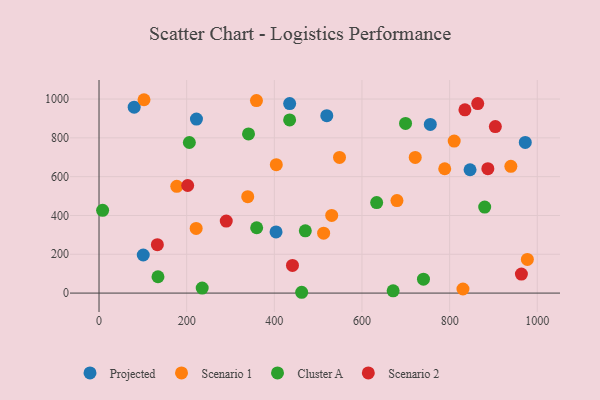
{"axis": {"x": "Engine Size", "y": "Sales"}, "legend": ["Cluster A", "Projected", "Scenario 1", "Scenario 2"], "data": [{"x": "80.2", "y": 958.3, "type": "Projected"}, {"x": "519.7", "y": 914.5, "type": "Projected"}, {"x": "435.0", "y": 976.9, "type": "Projected"}, {"x": "100.9", "y": 196.3, "type": "Projected"}, {"x": "846.6", "y": 635.5, "type": "Projected"}, {"x": "972.6", "y": 776.6, "type": "Projected"}, {"x": "403.9", "y": 315.0, "type": "Projected"}, {"x": "755.9", "y": 869.4, "type": "Projected"}, {"x": "222.3", "y": 896.8, "type": "Projected"}, {"x": "830.4", "y": 21.0, "type": "Scenario 1"}, {"x": "721.5", "y": 699.1, "type": "Scenario 1"}, {"x": "939.7", "y": 653.1, "type": "Scenario 1"}, {"x": "788.8", "y": 640.9, "type": "Scenario 1"}, {"x": "810.4", "y": 783.2, "type": "Scenario 1"}, {"x": "404.5", "y": 661.6, "type": "Scenario 1"}, {"x": "530.9", "y": 400.0, "type": "Scenario 1"}, {"x": "977.4", "y": 173.5, "type": "Scenario 1"}, {"x": "177.4", "y": 550.3, "type": "Scenario 1"}, {"x": "339.3", "y": 496.8, "type": "Scenario 1"}, {"x": "359.2", "y": 991.9, "type": "Scenario 1"}, {"x": "548.7", "y": 699.3, "type": "Scenario 1"}, {"x": "512.5", "y": 308.6, "type": "Scenario 1"}, {"x": "102.6", "y": 996.5, "type": "Scenario 1"}, {"x": "221.6", "y": 333.3, "type": "Scenario 1"}, {"x": "679.8", "y": 477.0, "type": "Scenario 1"}, {"x": "671.1", "y": 11.5, "type": "Cluster A"}, {"x": "8.2", "y": 426.5, "type": "Cluster A"}, {"x": "470.7", "y": 321.0, "type": "Cluster A"}, {"x": "462.4", "y": 4.2, "type": "Cluster A"}, {"x": "235.4", "y": 26.0, "type": "Cluster A"}, {"x": "134.5", "y": 84.3, "type": "Cluster A"}, {"x": "341.1", "y": 820.2, "type": "Cluster A"}, {"x": "880.0", "y": 443.1, "type": "Cluster A"}, {"x": "434.9", "y": 892.6, "type": "Cluster A"}, {"x": "359.7", "y": 336.7, "type": "Cluster A"}, {"x": "740.3", "y": 71.5, "type": "Cluster A"}, {"x": "699.4", "y": 874.5, "type": "Cluster A"}, {"x": "206.1", "y": 776.1, "type": "Cluster A"}, {"x": "633.5", "y": 466.7, "type": "Cluster A"}, {"x": "864.1", "y": 976.9, "type": "Scenario 2"}, {"x": "963.8", "y": 97.9, "type": "Scenario 2"}, {"x": "202.3", "y": 554.4, "type": "Scenario 2"}, {"x": "290.3", "y": 371.2, "type": "Scenario 2"}, {"x": "887.2", "y": 641.1, "type": "Scenario 2"}, {"x": "904.3", "y": 857.9, "type": "Scenario 2"}, {"x": "133.1", "y": 249.6, "type": "Scenario 2"}, {"x": "834.9", "y": 944.2, "type": "Scenario 2"}, {"x": "441.4", "y": 142.5, "type": "Scenario 2"}]}